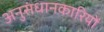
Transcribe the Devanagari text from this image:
अनुसंधानकारियों